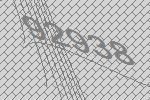
92938